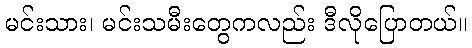
မင်းသား၊ မင်းသမီးတွေကလည်း ဒီလိုပြောတယ်။